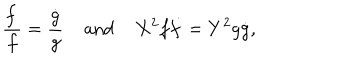
\frac { \dot { f } } { f } = \frac { \dot { g } } { g } \; { \mathrm { a n d } } \; X ^ { 2 } f \dot { f } = Y ^ { 2 } g \dot { g } ,